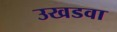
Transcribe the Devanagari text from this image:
उखडवा